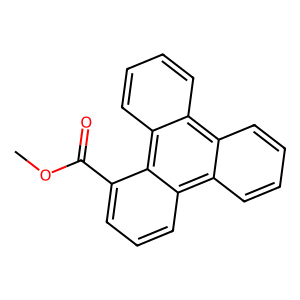
SMILES: COC(=O)c1cccc2c3ccccc3c3ccccc3c12
Inhibits HIV replication: No